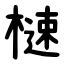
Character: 㯈